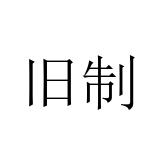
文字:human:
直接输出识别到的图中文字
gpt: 旧制